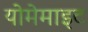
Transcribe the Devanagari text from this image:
योमेमाइट